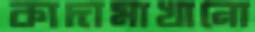
কাদামাখানো